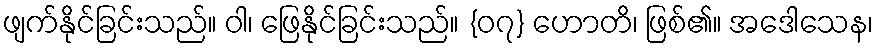
ဖျက်နိုင်ခြင်းသည်။ ဝါ၊ ဖြေနိုင်ခြင်းသည်။ {၀၇} ဟောတိ၊ ဖြစ်၏။ အဒေါသေန၊